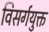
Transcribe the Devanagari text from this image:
विसर्गयुक्त